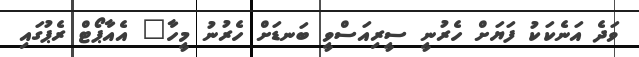
ވަދެ އަނެކަކު ފަޔަށް ހެރުނީ ސީރިއަސްވީ ބަނޑަށް ހެރުނު މީހާ" އެއާޕޯޓް ރެޕުގައި